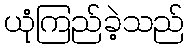
ယုံကြည်ခဲ့သည်